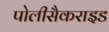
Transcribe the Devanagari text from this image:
पोलीसैकराइड